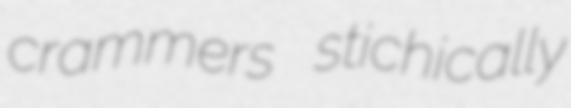
crammers stichically